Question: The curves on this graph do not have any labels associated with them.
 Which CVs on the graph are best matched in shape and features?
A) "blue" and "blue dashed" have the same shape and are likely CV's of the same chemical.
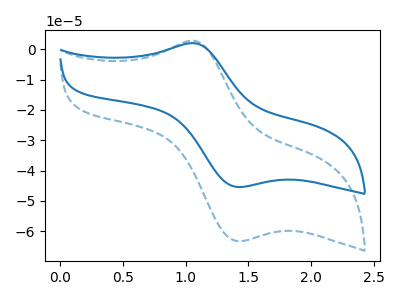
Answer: <think>The blue dashed curve "blue dashed" has an anodic peak at (1.05V, 2.85uA) and a cathodic peak at (1.40V, -63.25uA). The blue curve "blue" has an anodic peak at (1.05V, 2.05uA) and a cathodic peak at (1.40V, -45.40uA).
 All the peaks in "blue dashed" have a peak in "blue" at the same potential. Every peak in "blue dashed" is higher than every peak in "blue".</think>
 <answer>A) "blue" and "blue dashed" have the same shape and are likely CV's of the same chemical.</answer>
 <eval>A</eval>